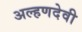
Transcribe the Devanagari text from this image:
अल्हणदेवी